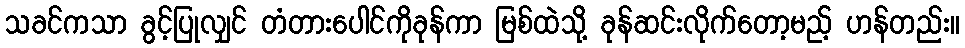
သခင်ကသာ ခွင့်ပြုလျှင် တံတားပေါင်ကိုခုန်ကာ မြစ်ထဲသို့ ခုန်ဆင်းလိုက်တော့မည့် ဟန်တည်း။